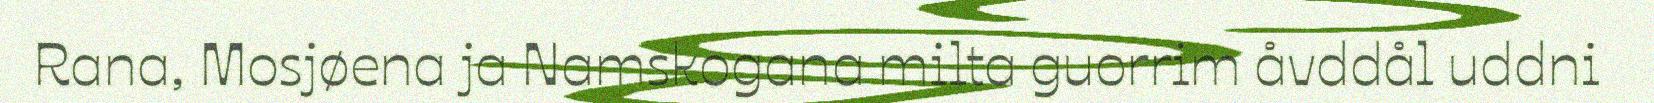
Rana, Mosjøena ja Namskogana milta guorrim åvddål uddni